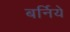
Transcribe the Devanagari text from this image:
बर्निये